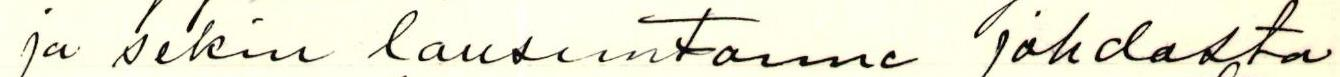
ja sekin lausuntonne johdosta